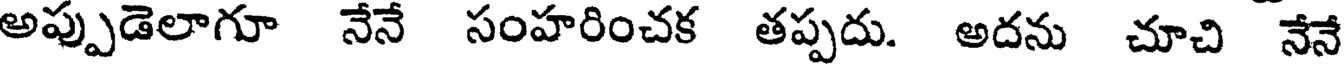
అప్పుడెలాగూ నేనే సంహరించక తప్పదు. అదను చూచి నేనే